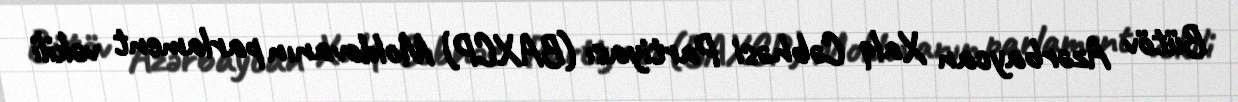
Bütöv Azərbaycan Xalq Cəbhəsi Partiyası (BAXCP) Moldovanın parlament vəkili